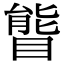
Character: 𥉃